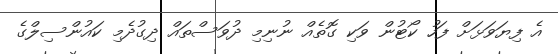
އެ ފިޔަވަޅަށް ފަހު ކޯޓުން ވަކި ގޮތެއް ނުނިމި ދުވަސްތައް ދިގުދެމި ކައުންސިލްގެ